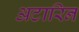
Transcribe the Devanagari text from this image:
अटारिन